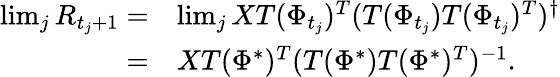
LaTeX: \begin{array}{rl}{\operatorname*{lim}_{j}R_{t_{j}+1}=}&{\operatorname*{lim}_{j}XT(\Phi_{t_{j}})^{T}(T(\Phi_{t_{j}})T(\Phi_{t_{j}})^{T})^{\dagger}}\\ {=}&{XT(\Phi^{*})^{T}(T(\Phi^{*})T(\Phi^{*})^{T})^{-1}.}\end{array}